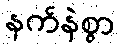
နက်နဲစွာ